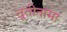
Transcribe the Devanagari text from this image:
तूतीनामा